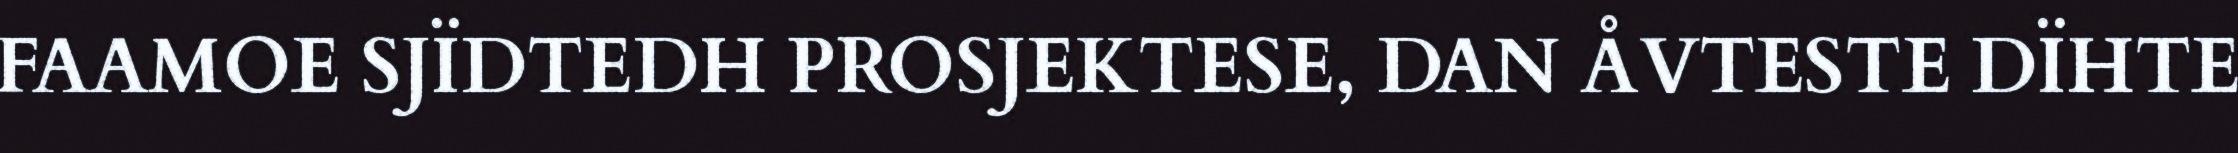
FAAMOE SJÏDTEDH PROSJEKTESE, DAN ÅVTESTE DÏHTE